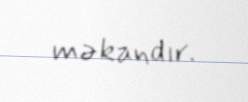
məkandır.